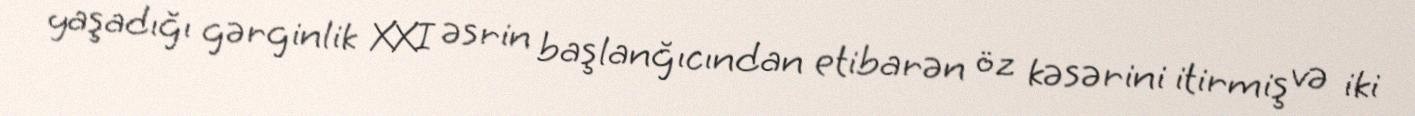
yaşadığı gərginlik XXI əsrin başlanğıcından etibarən öz kəsərini itirmiş və iki